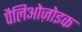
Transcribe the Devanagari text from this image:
पैलिओज़ोइक